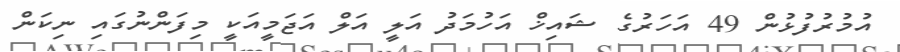
އުމުރުފުޅުން 49 އަހަރުގެ ޝައިޚް އަހުމަދު އަލީ އަލް އަޖަމީއަކީ މިފަންނުގައި ނިކަން